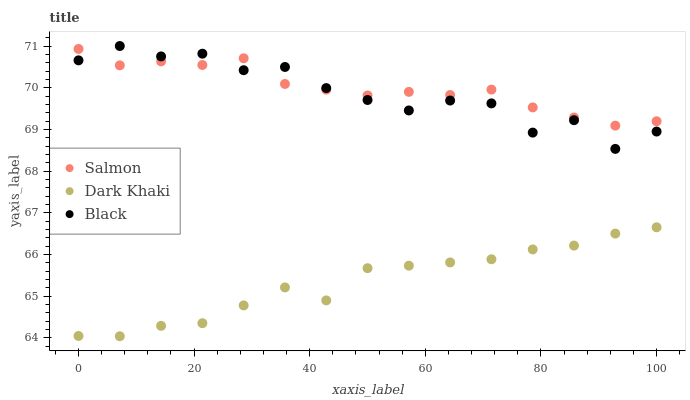
| xaxis_label | Salmon | Dark Khaki | Black |
 | --- | --- | --- | --- |
 | 0 | 70.9 | 64 | 70.7 |
 | 7.14 | 70.5 | 64 | 71 |
 | 14.3 | 70.6 | 64.3 | 70.8 |
 | 21.4 | 70.5 | 64.4 | 70.8 |
 | 28.6 | 70.7 | 64.8 | 70.4 |
 | 35.7 | 70.1 | 65.2 | 70.5 |
 | 42.9 | 70 | 64.9 | 70 |
 | 50 | 69.8 | 65.7 | 69.7 |
 | 57.1 | 69.9 | 65.7 | 69.5 |
 | 64.3 | 69.8 | 65.8 | 69.7 |
 | 71.4 | 70 | 65.9 | 69.6 |
 | 78.6 | 69.5 | 66.1 | 68.9 |
 | 85.7 | 69.3 | 66.2 | 69.2 |
 | 92.9 | 69.1 | 66.5 | 68.5 |
 | 100 | 69.2 | 66.7 | 68.9 |